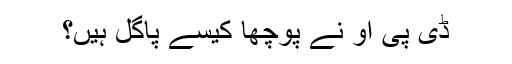
ڈی پی او نے پوچھا کیسے پاگل ہیں؟